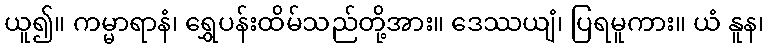
ယူ၍။ ကမ္မာရာနံ၊ ရွှေပန်းထိမ်သည်တို့အား။ ဒေဿယျံ၊ ပြရမူကား။ ယံ နူန၊